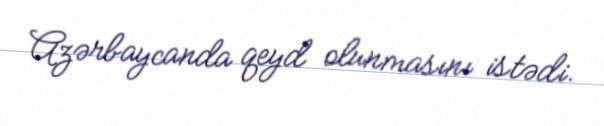
Azərbaycanda qeyd olunmasını istədi.